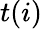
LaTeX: t(i)